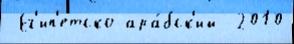
 Ег'ип'етско-ара́бск'ий  2010